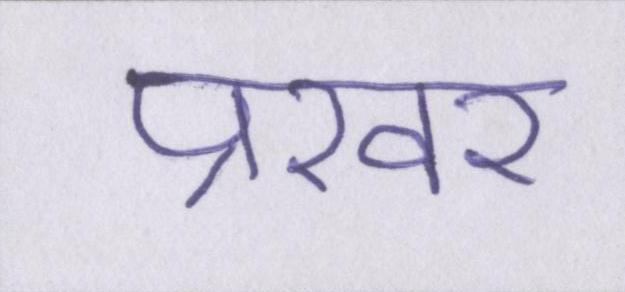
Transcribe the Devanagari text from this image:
प्रखर